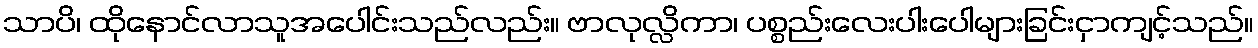
သာပိ၊ ထိုနောင်လာသူအပေါင်းသည်လည်း။ ဗာလုလ္လိကာ၊ ပစ္စည်းလေးပါးပေါများခြင်းငှာကျင့်သည်။